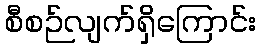
စီစဉ်လျက်ရှိကြောင်း